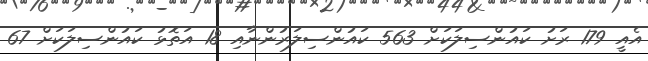
އެއީ 179 ރަށު ކައުންސިލަކަށް 563 ކައުންސިލަރުންނާއި 18 އަތޮޅު ކައުންސިލަކަށް 67